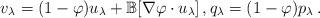
LaTeX: \begin{align*}v_\lambda = (1-\varphi )u_\lambda + \mathbb{B} [\nabla \varphi \cdot u_\lambda]\,,q_\lambda = (1-\varphi ) p_\lambda\,.\end{align*}